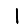
Digit: 1